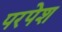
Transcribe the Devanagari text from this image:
परपेश